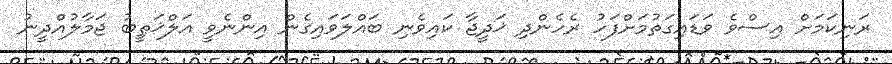
ރަނިކަމަށް އިސްވެ ވަޑައިގަތުމަށްފަހު ރެހެންދި ޚަދީޖާ ކައިވެނި ބައްލަވައިގެން އިންނެވީ އަލްޚަޠީބު ޖަމާލުއްދީނު